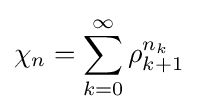
\chi _{n}=\sum _{k=0}^{\infty }\rho _{k+1}^{n_{k}}